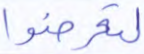
لتعرضوا